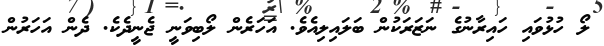
ލޯ ހުޅުވައި ހައިރާނުގެ ނަޒަރަކުން ބަލައިލިއެވެ. އަހަރެން ލޯބިވަނީ ޖެނީދެކެ. ދެން އަހަރުން